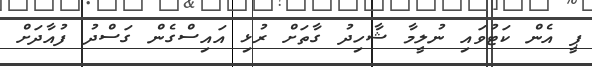
ޕީ އެން ކަޓުވައި ނުލީމާ ޝާހިދު ގާތަށް ރުޅި އައިސްގެން ގަސްދު ފުއާދަށް